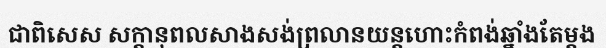
ជាពិសេស សក្តានុពលសាងសង់ព្រលានយន្តហោះកំពង់ឆ្នាំងតែម្តង